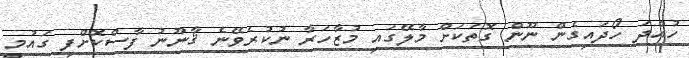
ހުއްދަ ހޯދައިގެން ނޫން ގޮތަކަށް މާލޭގައި މުޒާހަރާ ނުކުރެވޭނެ ޤާނޫނު ފާސްކޮށްފި ގައުމީ